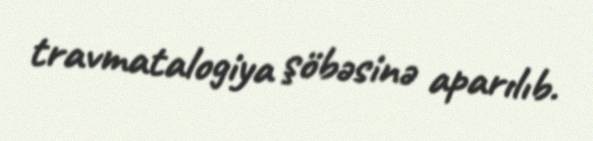
travmatalogiya şöbəsinə aparılıb.